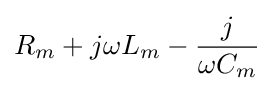
R_{m}+j\omega L_{m}-{\frac {j}{\omega C_{m}}}